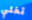
تخلي